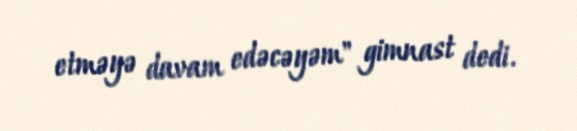
etməyə davam edəcəyəm" gimnast dedi.